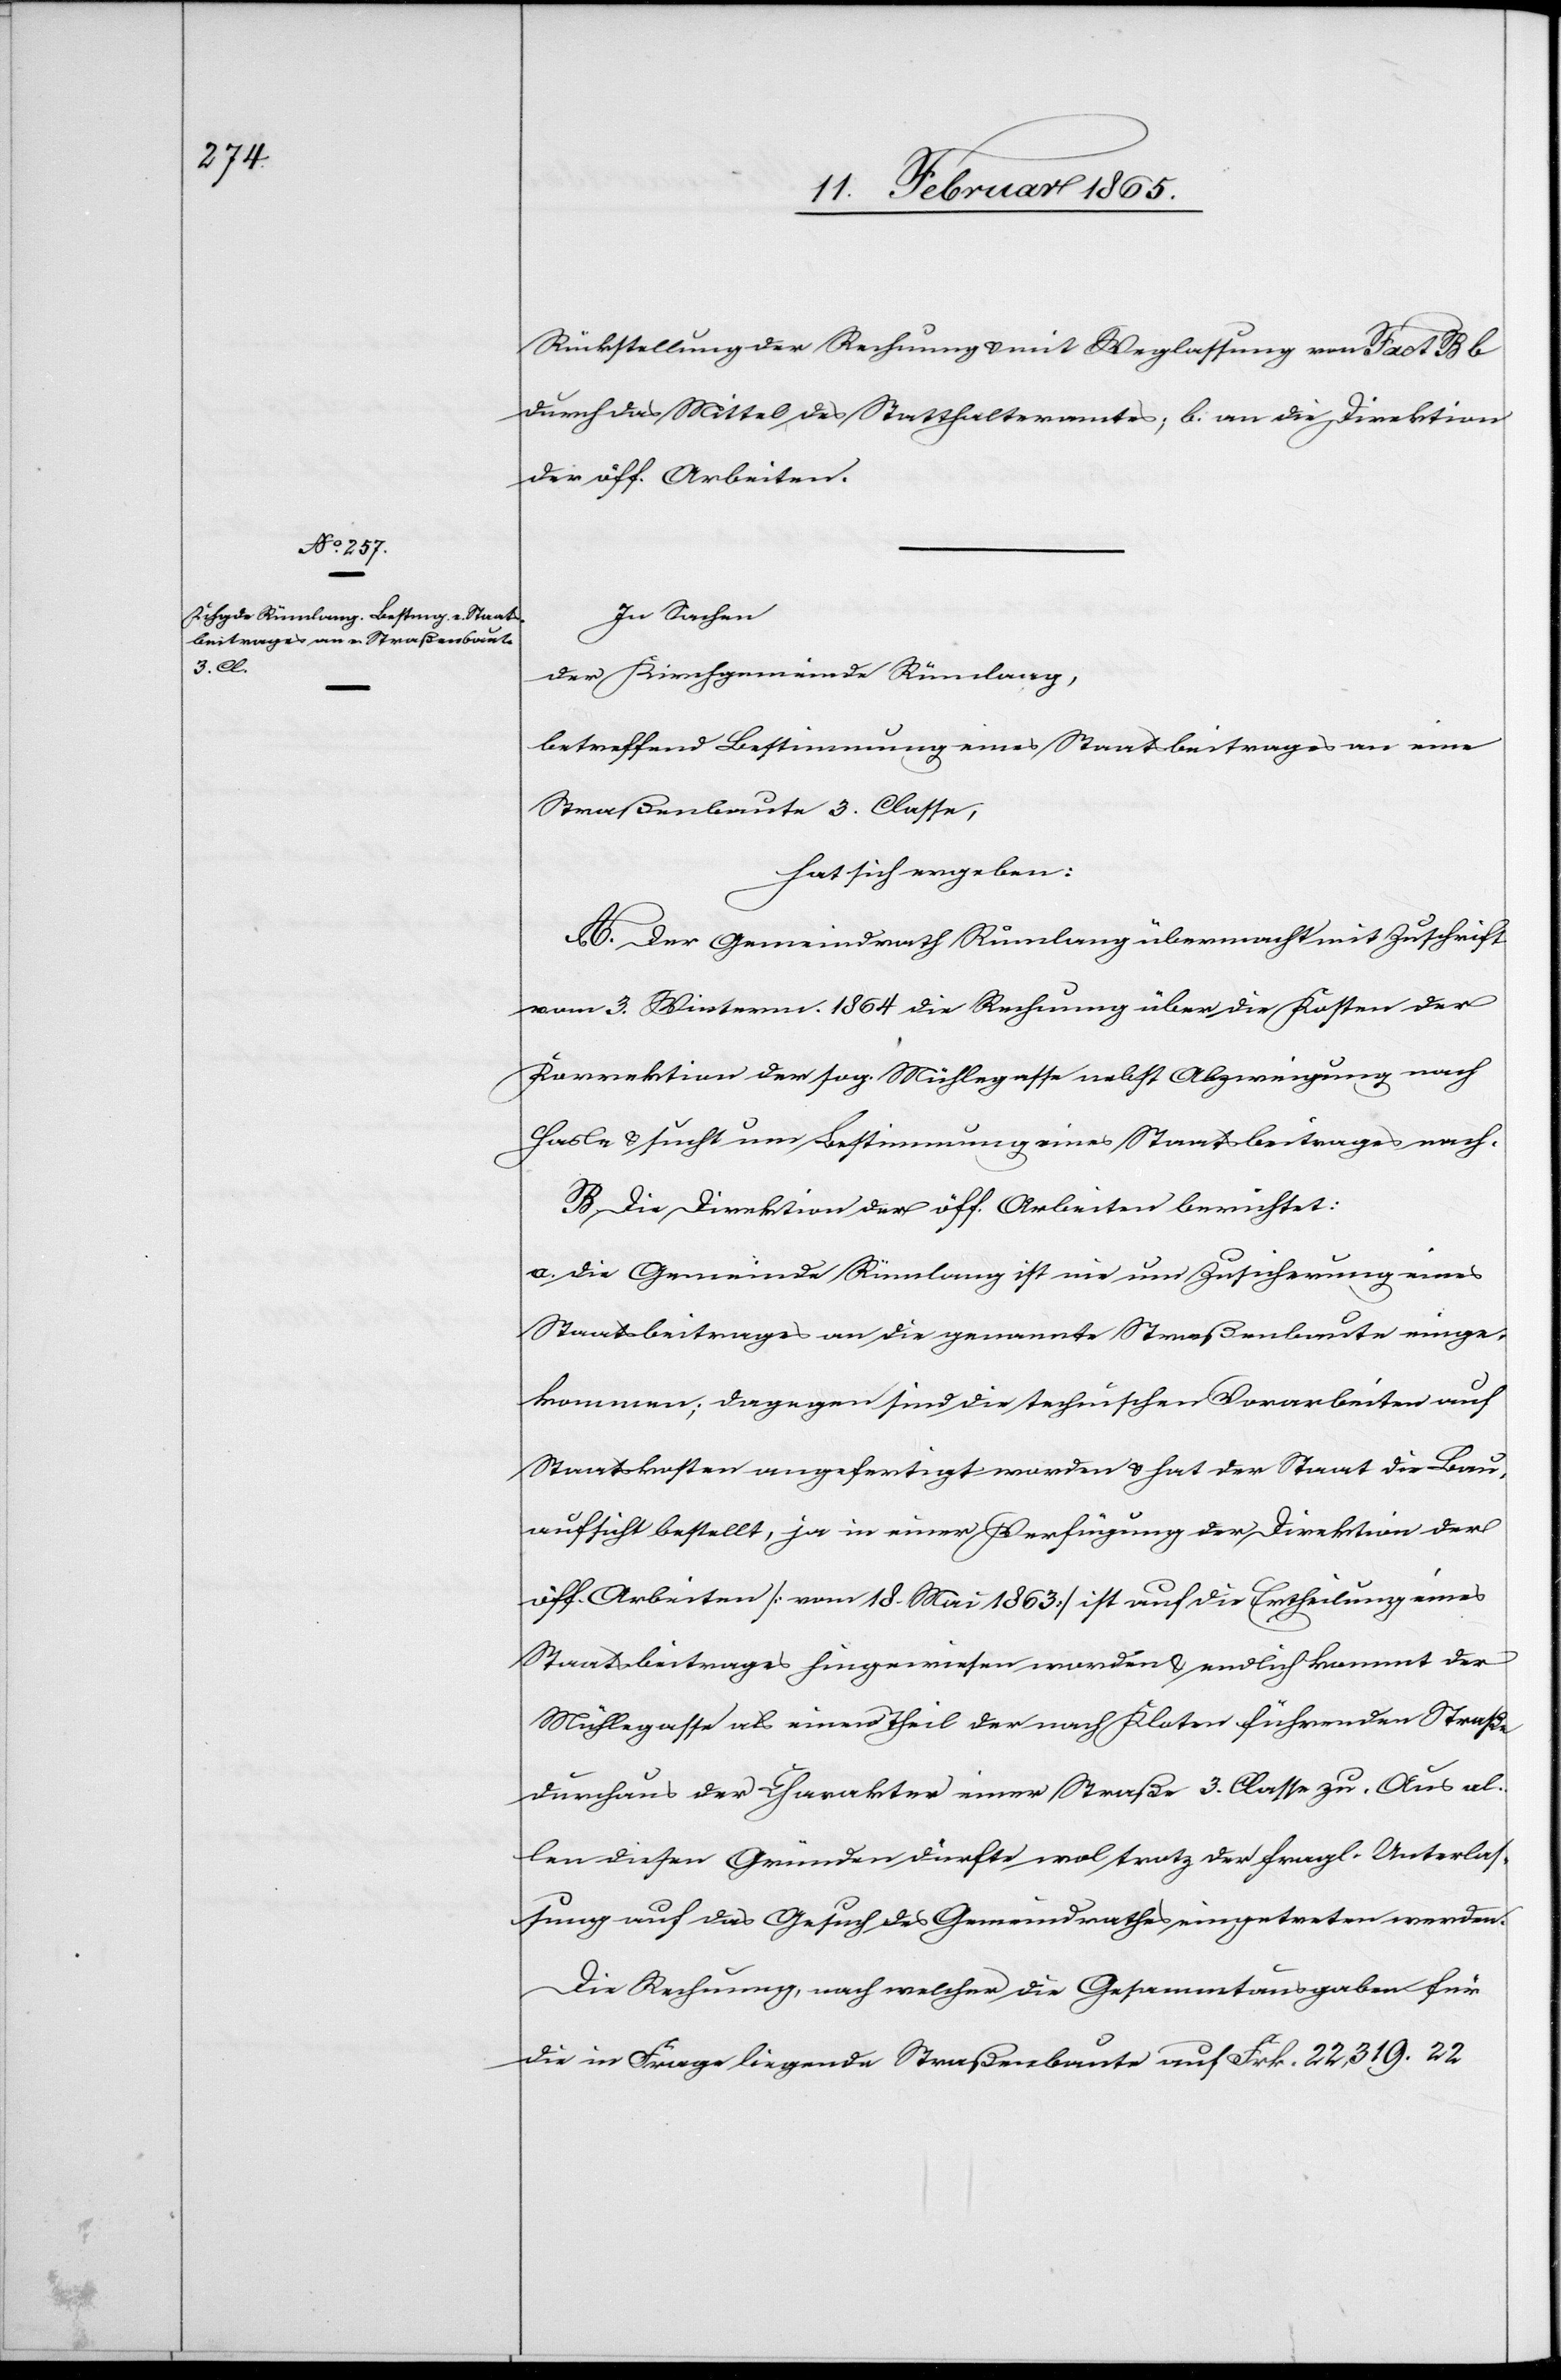
Rückstellung der Rechnung u. mit Weglassung von Fact B b
durch das Mittel des Statthalteramtes; b. an die Direktion
der öff. Arbeiten.
In Sachen
der Kirchgemeinde Rümlang,
betreffend Bestimmung eines Staatsbeitrages an eine
Straßenbaute 3. Classe,
hat sich ergeben:
A. Der Gemeindrath Rümlang übermacht mit Zuschrift
vom 3. Winterm. 1864 die Rechnung über die Kosten der
Korrektion der sog. Mühlegasse nebst Abzweigung nach
Hasle u. sucht um Bestimmung eines Staatsbeitrages nach.
B. Die Direktion der öff. Arbeiten berichtet:
a. Die Gemeinde Rümlang ist nie um Zusicherung eines
Staatsbeitrages an die genannte Straßenbaute einge¬
kommen; dagegen sind die technischen Vorarbeiten auf
Staatskosten angefertigt worden u. hat der Staat die Bau¬
aufsicht bestellt, ja in einer Verfügung der Direktion der
öff. Arbeiten [vom 18. Mai 1863] ist auf die Ertheilung eines
Staatsbeitrages hingewiesen worden u. endlich kommt der
Mühlegasse als einem Theil der nach Kloten führenden Straße
durchaus der Charakter einer Straße 3. Classe zu. Aus al¬
len diesen Gründen dürfte wol trotz der fragl. Unterlas¬
sung auf das Gesuch des Gemeindrathes eingetreten werden.
Die Rechnung, nach welcher die Gesammtausgaben für
die in Frage liegende Straßenbaute auf Frk. 22,319. 22